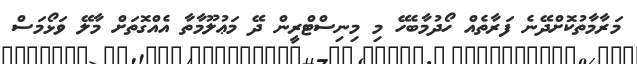
މަރާމާތުކޮށްދޭނެ ފަރާތެއް ހޯދުމާބެހޭ މި މިނިސްޓްރީން ދޭ މަޢުލޫމާތާ އެއްގޮތަށް މާލޭ ވަޅޯމަސް